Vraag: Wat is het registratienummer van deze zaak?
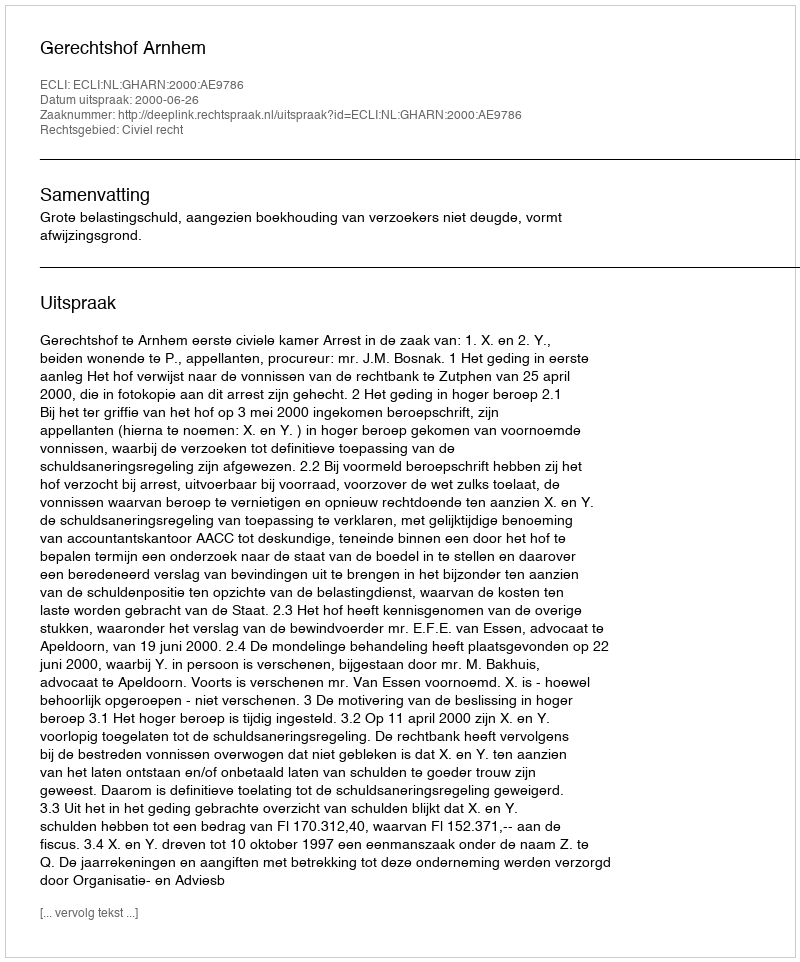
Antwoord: http://deeplink.rechtspraak.nl/uitspraak?id=ECLI:NL:GHARN:2000:AE9786